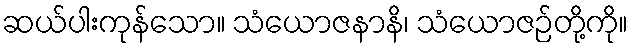
ဆယ်ပါးကုန်သော။ သံယောဇနာနိ၊ သံယောဇဉ်တို့ကို။